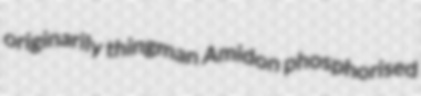
originarily thingman Amidon phosphorised